Annual report of the Punjab Veterinary College and of the Civil Veterinary Department, Punjab - 1909-1919
Year: 1909
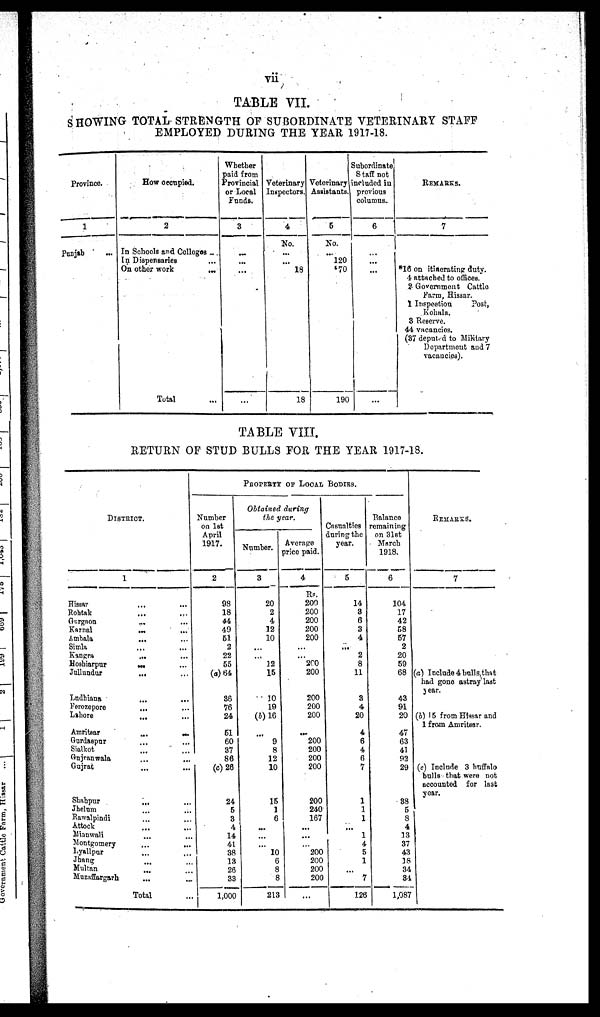
vii
TABLE VII.
SHOWING TOTAL STRENGTH OF SUBORDINATE VETERINARY STAFF
EMPLOYED DURING THE YEAR 1917-18.
Province.
1
Punjab
...
How occupied.
2
In Schools and Colleges ...
In Dispensaries ...
On other work
...
Total ...
Whether
paid from
Provincial
or Local
Funds.
3
...
...
...
Veterinary
Inspectors.
4
No.
...
...
18
18
Veterinary
Assistants.
5
No.
...
120
*70
190
Subordinate
Staff not
included in
previous
columns.
6
...
...
...
REMARKS.
7
*16 on itinerating duty.
4 attached to offices.
8 Government Cattle
Farm, Hissar.
1 Inspection
Post,
Kohala.
8 Reserve.
44 vacancies.
(87 deputed to Military
Department and 7
vacancies).
TABLE VIII.
RETURN OF STUD BULLS FOR THE YEAR 1917-18.
DISTRICT.
1
Hissar ... ...
Rohtak ... ...
Gurgaon ... ...
Karnal
...
...
Ambala ... ...
Simla ... ...
Kangra ... ...
Hoshiarpur
...
...
Jullundur
...
...
Ludhiana
...
...
Ferozepore ... ...
Lahore ... ...
Amritsar
...
...
Gurdaspur ... ...
Sialkot ... ...
Gujranwala ... ...
Gujrat ... ...
Shahpur
...
...
Jhelum ... ...
Rawalpindi ... ...
Attock
...
...
Mianwali ... ...
Montgomery
...
...
Lyallpur ... ...
Jhang ... ...
Multan ... ...
Muzaffargarh
...
...
Total ...
PROPERTY OF LOCAL BODIES.
Number
on 1st
April
1917.
2
98
18
44
49
51
2
22
55
(a) 64
86
76
24
51
60
37
86
(c) 26
24
5
8
4
14
41
38
13
26
33
1,000
Obtained during
the year.
Number.
3
20
2
4
12
10
...
...
12
15
10
19
(b) 16
...
9
8
12
10
15
1
6
...
...
...
10
6
8
8
213
Average
price paid.
4
Rs.
200
200
200
200
200
...
...
200
200
200
200
200
...
200
200
200
200
200
240
167
...
...
...
200
200
200
200
...
Casualties
during the
year.
5
14
8
6
3
4
...
2
8
11
3
4
20
4
6
4
6
7
1
1
1
...
1
4
5
1
...
7
126
Balance
remaining
on 31st
March
1918.
6
104
17
42
58
67
2
20
59
68
43
91
20
47
63
41
93
29
88
5
8
4
13
37
43
18
34
84
1,087
REMARKS.
7
(a) Include 4 bulls, that
had gone astray last
year.
(b) 15 from Hissar and
1 from Amritsar.
(c) Include 3 buffalo
built that were not
accounted for last
year.